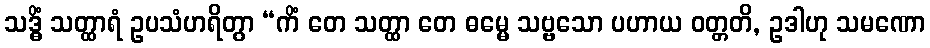
သဒ္ဓိံ သတ္ထာရံ ဥပသံဟရိတွာ “ကိံ တေ သတ္ထာ တေ ဓမ္မေ သဗ္ဗသော ပဟာယ ဝတ္တတိ, ဥဒါဟု သမဏော